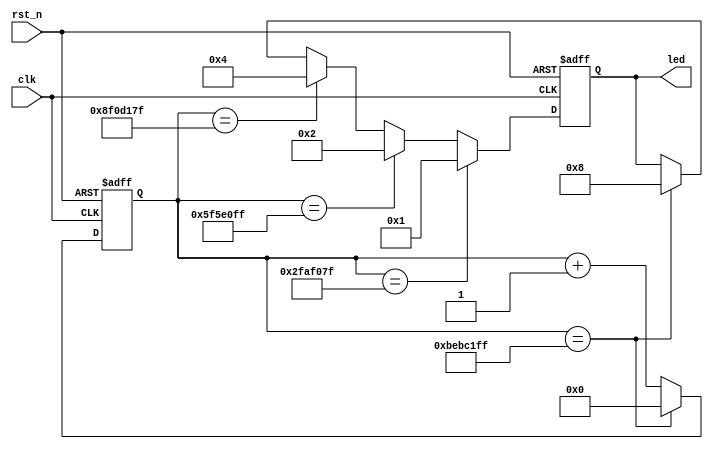
// This program was cloned from: https://github.com/Manistein/let-us-build-a-computer-system
// License: MIT License

//////////////////////////////////////////////////////////////////////////////////
//  led test                                                                    //
//                                                                              //
//          msq@qq.com                                                          //
//          ALINX(shanghai) Technology Co.,Ltd                                  //
//          heijin                                                              //
//     WEB: http://www.alinx.cn/                                                //
//     BBS: http://www.heijin.org/                                              //
//                                                                              //
//////////////////////////////////////////////////////////////////////////////////
//                                                                              //
// Copyright (c) 2017,ALINX(shanghai) Technology Co.,Ltd                        //
//                    All rights reserved                                       //
//                                                                              //
// This source file may be used and distributed without restriction provided    //
// that this copyright statement is not removed from the file and that any      //
// derivative work contains the original copyright notice and the associated    //
// disclaimer.                                                                  //
//                                                                              //
//////////////////////////////////////////////////////////////////////////////////

//================================================================================
//  Revision History:
//  Date          By            Revision    Change Description
//--------------------------------------------------------------------------------
//  2017/7/19     meisq          1.0         Original
//*******************************************************************************/

`timescale 1ns / 1ps
module led_test
(
	input           clk,           // system clock 50Mhz on board
	input           rst_n,         // reset ,low active
	output reg[3:0] led            // LED,use for control the LED signal on expansion board
);


//define the time counter
reg [31:0]      timer;

// cycle counter:from 0 to 4 sec
always@(posedge clk or negedge rst_n)
begin
	if (rst_n == 1'b0)
		timer <= 32'd0;                     //when the reset signal valid,time counter clearing
	else if (timer == 32'd199_999_999)      //4 seconds count(50M*4-1=199999999)
		timer <= 32'd0;                     //count done,clearing the time counter
	else
		timer <= timer + 32'd1;             //timer counter = timer counter + 1
end

// LED control
always@(posedge clk or negedge rst_n)
begin
	if (rst_n == 1'b0)
		led <= 4'b0000;                     //when the reset signal active
	else if (timer == 32'd49_999_999)       //time counter count to 1st sec,LED1 lighten
		led <= 4'b0001;
	else if (timer == 32'd99_999_999)       //time counter count to 2nd sec,LED2 lighten
		led <= 4'b0010;
	else if (timer == 32'd149_999_999)      //time counter count to 3rd sec,LED3 lighten
		led <= 4'b0100;
	else if (timer == 32'd199_999_999)      //time counter count to 4th sec,LED4 lighten
		led <= 4'b1000;
end
endmodule